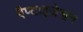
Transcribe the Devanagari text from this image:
बैप्टाइज़ेशन